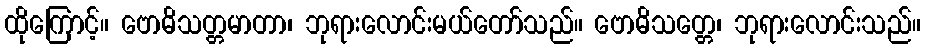
ထိုကြောင့်။ ဗောဓိသတ္တမာတာ၊ ဘုရားလောင်းမယ်တော်သည်။ ဗောဓိသတ္တေ၊ ဘုရားလောင်းသည်။